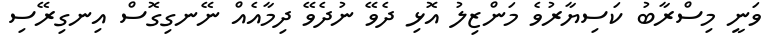
ވަނީ މިސްރާބު ކަސިޔާރުވެ މަންޒިލު އޮޅި ދެވޭ ނުދެވޭ ދިމާއެއް ނޭނގިގޮސް އިނގިރޭސި